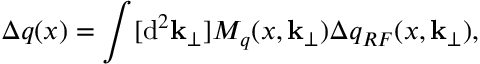
\Delta q ( x ) = \int [ { \mathrm d } ^ { 2 } { \mathbf k } _ { \perp } ] M _ { q } ( x , { \mathbf k } _ { \perp } ) \Delta q _ { R F } ( x , { \mathbf k } _ { \perp } ) ,